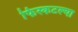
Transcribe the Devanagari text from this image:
फिस्कटल्या